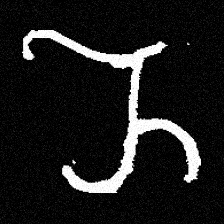
Pyu character \u2014 Myanmar letter: ည (romanized: nya)